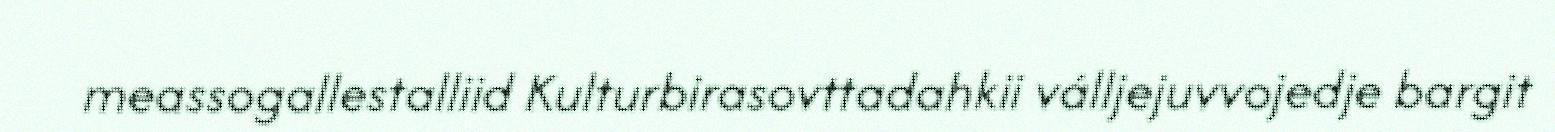
meassogallestalliid Kulturbirasovttadahkii válljejuvvojedje bargit